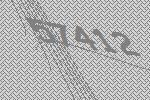
57412